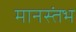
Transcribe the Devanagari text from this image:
मानस्तंभ